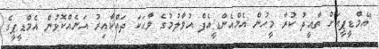
"އެމްޑީޕީއަށް ތާއީދު ކުރާ މީހުން އެމްއެންޑީއެފް އުވާލުމުގެ ވާޙަކަ ދައްކާއިރު އަނެއްކޮޅުން އެމްޑީޕީގެ